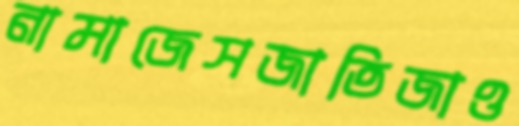
নামাজেসজাতিজাও